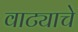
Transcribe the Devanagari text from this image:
वाट्याचे